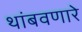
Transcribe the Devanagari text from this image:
थांबवणारे